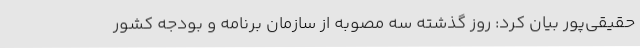
حقیقی‌پور بیان کرد: روز گذشته سه مصوبه از سازمان برنامه و بودجه کشور